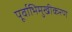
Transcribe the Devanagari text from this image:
पूर्वाभिमुखीकरण